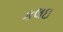
કલઇ